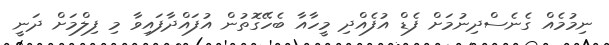
ނިމުމެއް ގެނެސްދިނުމަށް ފެޑް އުފެއްދި މީހާއާ ބެހޭގޮތުން އުފައްދާފައިވާ މި ފިލްމަށް ދަނީ